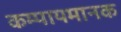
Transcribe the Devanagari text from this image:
कम्पायमानक